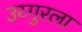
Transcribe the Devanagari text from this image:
उय्गुरला